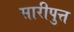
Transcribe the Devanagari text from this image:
सारीपुत्त